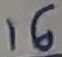
Text: 16